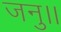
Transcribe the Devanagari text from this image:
जनु।।